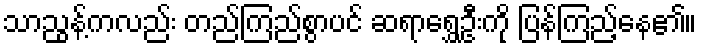
သာညွန့်ကလည်း တည်ကြည်စွာပင် ဆရာရွှေဦးကို ပြန်ကြည့်နေ၏။